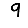
Digit: 9